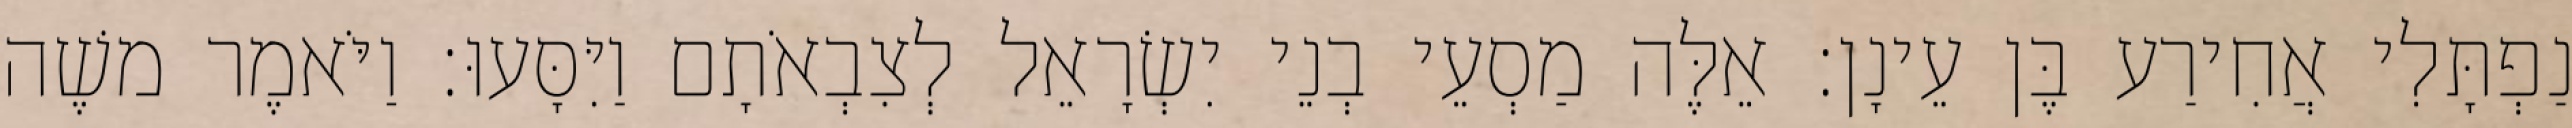
נַפְתָּלִי אֲחִירַע בֶּן עֵינָן׃ אֵלֶּה מַסְעֵי בְנֵי יִשְׂרָאֵל לְצִבְאֹתָם וַיִּסָּעוּ׃ וַיֹּאמֶר משֶׁה